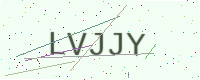
Text: LVJJY